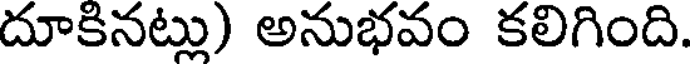
దూకినట్లు) అనుభవం కలిగింది.